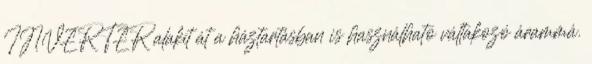
INVERTER alakít át a háztartásban is használható váltakozó árammá.